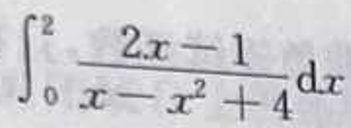
\[
\int_{0}^{2} \frac{2x - 1}{x - x^{2}+4} \mathrm{d}x
\]